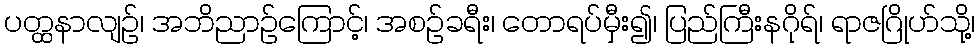
ပတ္ထနာလျဉ်၊ အဘိညာဉ်ကြောင့်၊ အစဉ်ခရီး၊ တောရပ်မှီး၍၊ ပြည်ကြီးနဂိုရ်၊ ရာဇဂြိုဟ်သို့၊